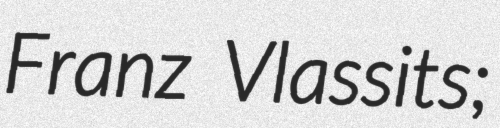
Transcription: Franz Vlassits;